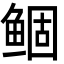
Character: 鲴